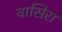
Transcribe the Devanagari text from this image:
वासिरा